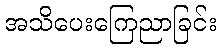
အသိပေးကြေညာခြင်း